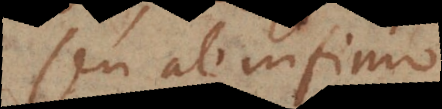
seu ab infimo